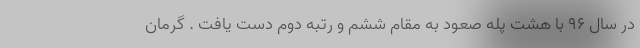
در سال ۹۶ با هشت پله صعود به مقام ششم و رتبه دوم دست یافت . گرمان